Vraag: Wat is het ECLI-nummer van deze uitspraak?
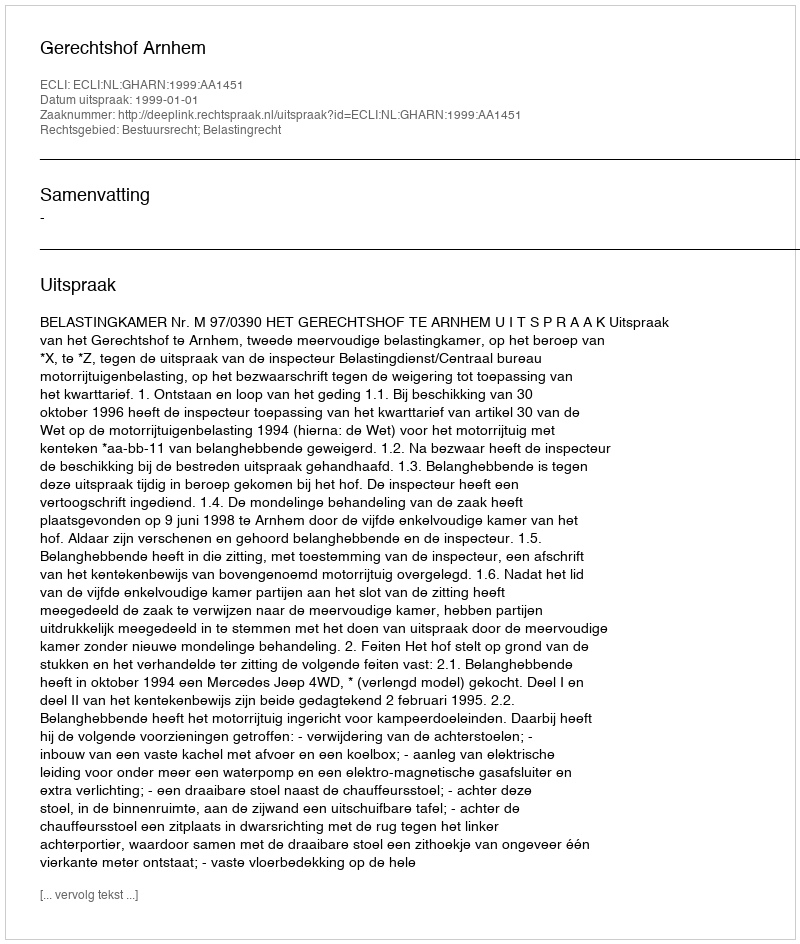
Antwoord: ECLI:NL:GHARN:1999:AA1451